Leaving Certificate, 1897
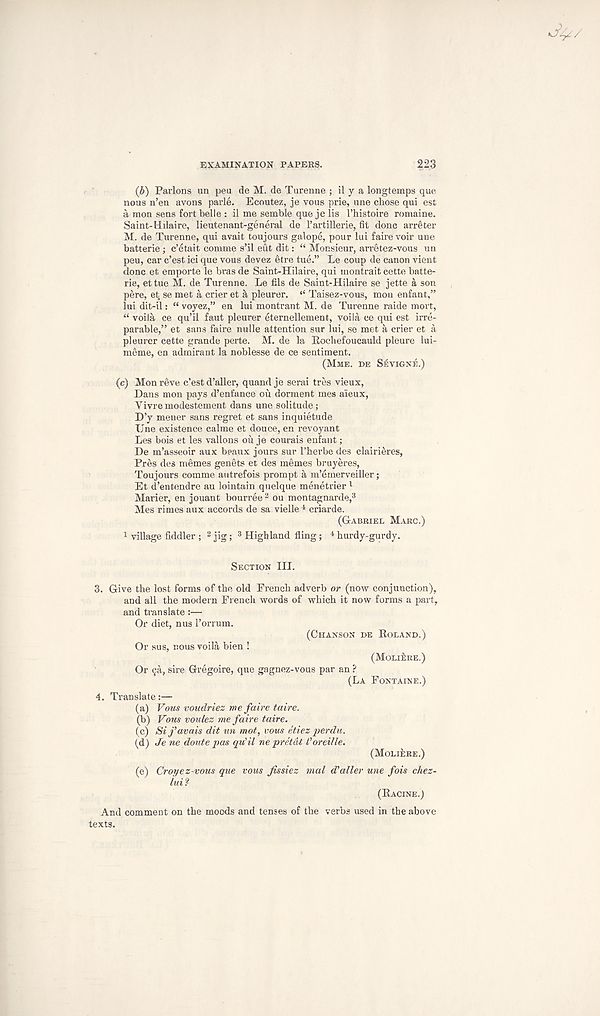
EXAMINATION PAPERS.
2^:;
(6) Paiions un pea de M. de Turenne ; il y a longtemps que
nous n’en avons parle. Ecoutez, je vous prie, une chose qui est
a raon sens fort belle : il me semble que je lis 1’histoire romaine.
Saint-Hilaire, lieutenant-general de 1’artillerie, fit done arreter
M. de Turenne, qui avait toujours galope, pour lui fairevoir une
batterie; e’etait comme s’il eut dit: “ Monsieur, arretez-vous un
peu, car e’est ici que vous devez 6tre tue.” Le coup de canon vient
done et emporte le bras de Saint-Hilaire, qui montrait cette batte-
rie, ettue M. de Turenne. Le fils de Saint-Hilaire se jette a son
pere, et se met a crier et a pleurer. “ Taisez-vous, mon enfant,”
lui dit-il: “ voyez,” en lui montrant M. de Turenne raide mort,
“ voila ce qu’il faut pleurer eternellement, voila ce qui est irre-
parable,” et sans faire nulle attention sur lui, se met a crier et a
pleurer cette grande perte. M. de la Rochefoucauld pleure lui-
meme, en admirant la noblesse de ce sentiment.
(MME. DE SEVIGNE.)
(c) Mon reve e’est d’aller, quand je serai tres vieux,
Dans mon pays d’enfance ou dorment mes aieux,
Vivremodestement dans une solitude;
D’y mener sans regret et sans inquietude
Une existence calme et douce, en revoyant
Les bois et les vallons ou je courais enfant;
De m’asseoir aux beaux jours sur I’herbe des clairieres,
Pres des memes genets et des memes bruyeres,
Toujours comme autrefois prompt a m’emerveiller;
Et d’entendre au lointain quelque menetrier 1
Marier, en jouant bourree 2 ou montagnarde, 3
Mes rimes aux accords de sa vielle 4 criarde.
(GABRIEL MARC.)
1 village fiddler ; 2 jig; 3 Highland fling; 4 hurdy-gurdy.
SECTION III.
3. Give the lost forms of the old French adverb or (now conjunction),
and all the modern French words of which it now forms a part,
and translate:—
Or diet, nus I’orrum.
(CHANSON DE ROLAND.)
Or sus, nous voila bien !
(MOLliiRE.)
Or 9a, sire Gregoire, que gagnez-vous par an ?
(LA FONTAINE.)
4. Translate:—
(a) Vous voudriez me faire taire.
(b) Vous voulez me faire taire.
(c) Sifavais dit un mot, vous etiez perdu.
(d) Je ne doute pas qu’il ne pretdt I’orcille.
(MOLIERE.)
(e) Croyez-vous que vous Jissiez mal d'alter
lui ?
une fois chez-
(RACINE.)
And comment on the moods and tenses of the verbs used in the above
texts.